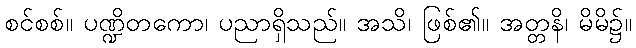
စင်စစ်။ ပဏ္ဍိတကော၊ ပညာရှိသည်။ အသိ၊ ဖြစ်၏။ အတ္တနိ၊ မိမိ၌။